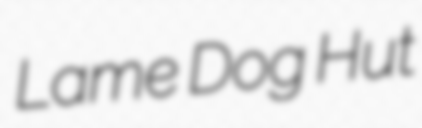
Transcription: Lame Dog Hut